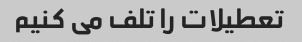
تعطیلات را تلف می کنیم